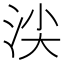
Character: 𣴒